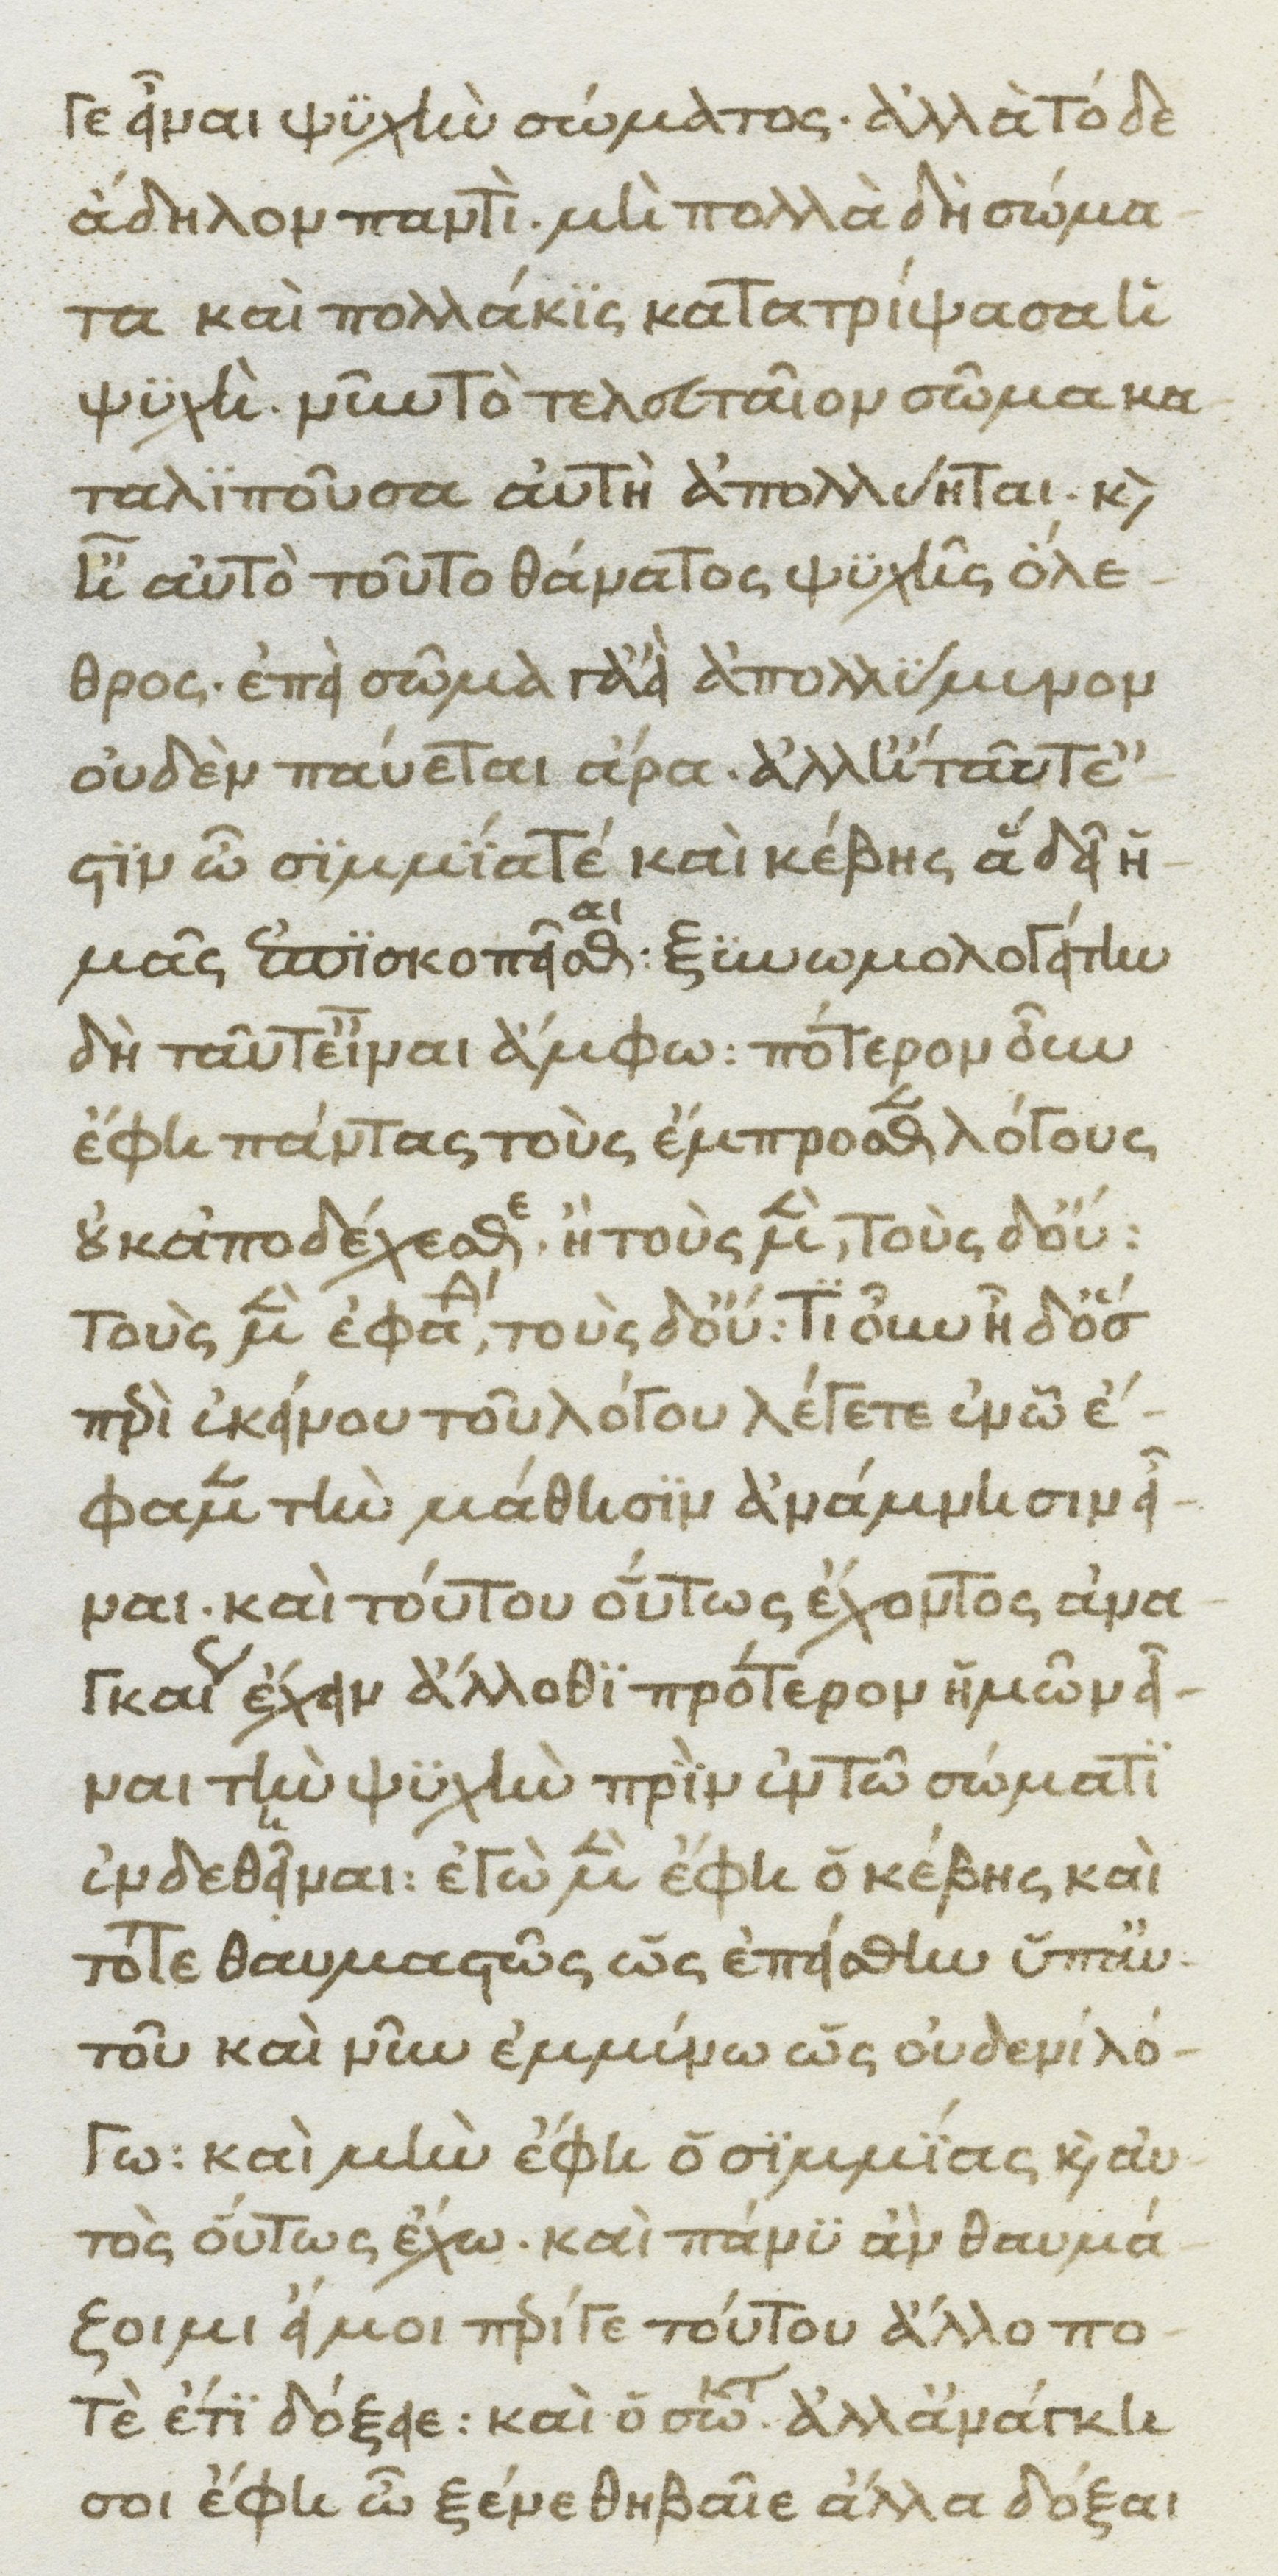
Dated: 1370–1430